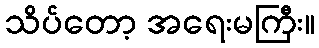
သိပ်တော့ အရေးမကြီး။